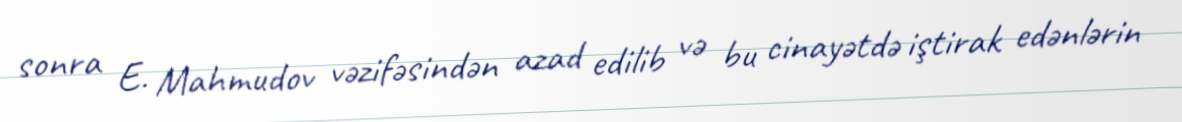
sonra E. Mahmudov vəzifəsindən azad edilib və bu cinayətdə iştirak edənlərin